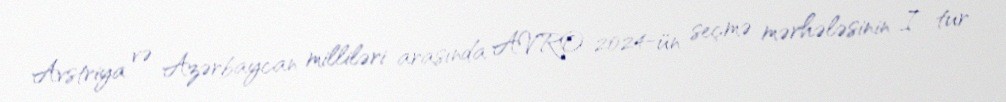
Avstriya və Azərbaycan milliləri arasında AVRO-2024-ün seçmə mərhələsinin I tur